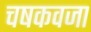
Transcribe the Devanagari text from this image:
चषकवजा